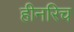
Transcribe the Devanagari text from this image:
हीनरिच